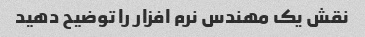
نقش یک مهندس نرم افزار را توضیح دهید